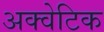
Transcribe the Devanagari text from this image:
अक्वेटिक